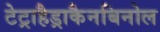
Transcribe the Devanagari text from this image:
टेट्राहैड्राकैनबिनोल